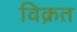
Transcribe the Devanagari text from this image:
विक्रत